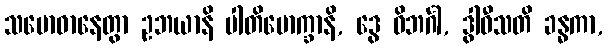
သမောဓာနေတွာ ဥဘယာနိ ပါတိမောက္ခာနိ, ဒွေ ဝိဘင်္ဂါ, ဒွါဝီသတိ ခန္ဓကာ,